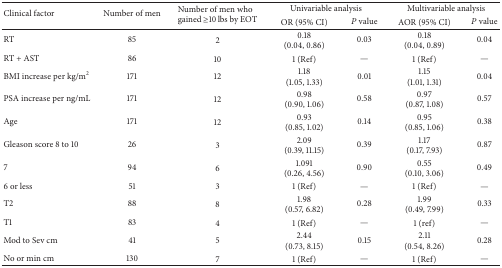
<table><thead><tr><td rowspan="2"><b>Clinical factor</b></td><td rowspan="2"><b>Number of men</b></td><td rowspan="2"><b>Number of men who gained ≥10 lbs by EOT</b></td><td colspan="2"><b>Univariable analysis</b></td><td colspan="2"><b>Multivariable analysis</b></td></tr><tr><td><b>OR (95% CI)</b></td><td><b><i>P</i> value</b></td><td><b>AOR (95% CI)</b></td><td><b><i>P</i> value</b></td></tr></thead><tbody><tr><td>RT</td><td>85</td><td>2</td><td>0.18(0.04, 0.86)</td><td>0.03</td><td>0.18(0.04, 0.89)</td><td>0.04</td></tr><tr><td>RT + AST</td><td>86</td><td>10</td><td>1 (Ref)</td><td>—</td><td>1 (Ref)</td><td>—</td></tr><tr><td>BMI increase per kg/m<sup>2</sup></td><td>171</td><td>12</td><td>1.18(1.05, 1.33)</td><td>0.01</td><td>1.15(1.01, 1.31)</td><td>0.04</td></tr><tr><td>PSA increase per ng/mL</td><td>171</td><td>12</td><td>0.98(0.90, 1.06)</td><td>0.58</td><td>0.97(0.87, 1.08)</td><td>0.57</td></tr><tr><td>Age</td><td>171</td><td>12</td><td>0.93(0.85, 1.02)</td><td>0.14</td><td>0.95(0.85, 1.06)</td><td>0.38</td></tr><tr><td>Gleason score 8 to 10</td><td>26</td><td>3</td><td>2.09(0.39, 11.15)</td><td>0.39</td><td>1.17(0.17, 7.93)</td><td>0.87</td></tr><tr><td>7 </td><td>94</td><td>6</td><td>1.091(0.26, 4.56)</td><td>0.90</td><td>0.55(0.10, 3.06)</td><td>0.49</td></tr><tr><td>6 or less</td><td>51</td><td>3</td><td>1 (Ref)</td><td>—</td><td>1 (Ref)</td><td>—</td></tr><tr><td>T2</td><td>88</td><td>8</td><td>1.98(0.57, 6.82)</td><td>0.28</td><td>1.99(0.49, 7.99)</td><td>0.33</td></tr><tr><td>T1</td><td>83</td><td>4</td><td>1 (Ref)</td><td>—</td><td>1 (ref)</td><td>—</td></tr><tr><td>Mod to Sev cm</td><td>41</td><td>5</td><td>2.44(0.73, 8.15)</td><td>0.15</td><td>2.11(0.54, 8.26)</td><td>0.28</td></tr><tr><td>No or min cm</td><td>130</td><td>7</td><td>1 (Ref)</td><td>—</td><td>1 (Ref)</td><td>—</td></tr></tbody></table>